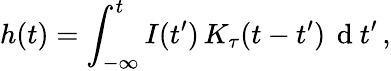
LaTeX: h(t)=\int_{-\infty}^{t}I(t^{\prime})\, K_{\tau}(t-t^{\prime})\, \mathrm{~d~}t^{\prime}\, ,